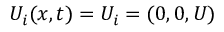
U _ { i } ( x , t ) = U _ { i } = ( 0 , 0 , U )